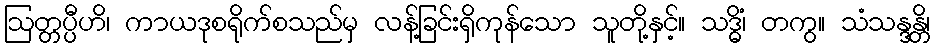
ဩတ္တပ္ပီဟိ၊ ကာယဒုစရိုက်စသည်မှ လန့်ခြင်းရှိကုန်သော သူတို့နှင့်။ သဒ္ဓိံ၊ တကွ။ သံသန္ဒန္တိ၊